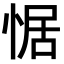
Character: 𭝟